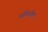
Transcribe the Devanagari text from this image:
अविनीत